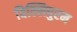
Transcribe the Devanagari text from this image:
विल्लिपुरम